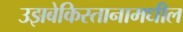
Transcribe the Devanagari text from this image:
उझबेकिस्तानामधील